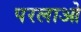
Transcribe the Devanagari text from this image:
परलाओ